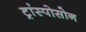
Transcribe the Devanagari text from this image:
ट्रांस्पोसोन